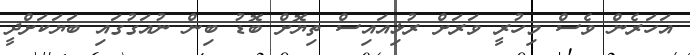
އަހަރެން ވެސް މިހުރީ ވަރަށް ރުޅިއައިސް ތިޔޮށް ބޮޑު ބިން ނުއަގުގައި ބަޔަކަށްދީ